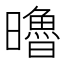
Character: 𣋼